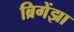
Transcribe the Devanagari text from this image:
ब्रिगेंझा